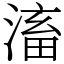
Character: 滀